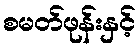
စမတ်ဖုန်းနှင့်